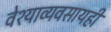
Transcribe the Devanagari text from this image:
वेश्याव्यवसायही